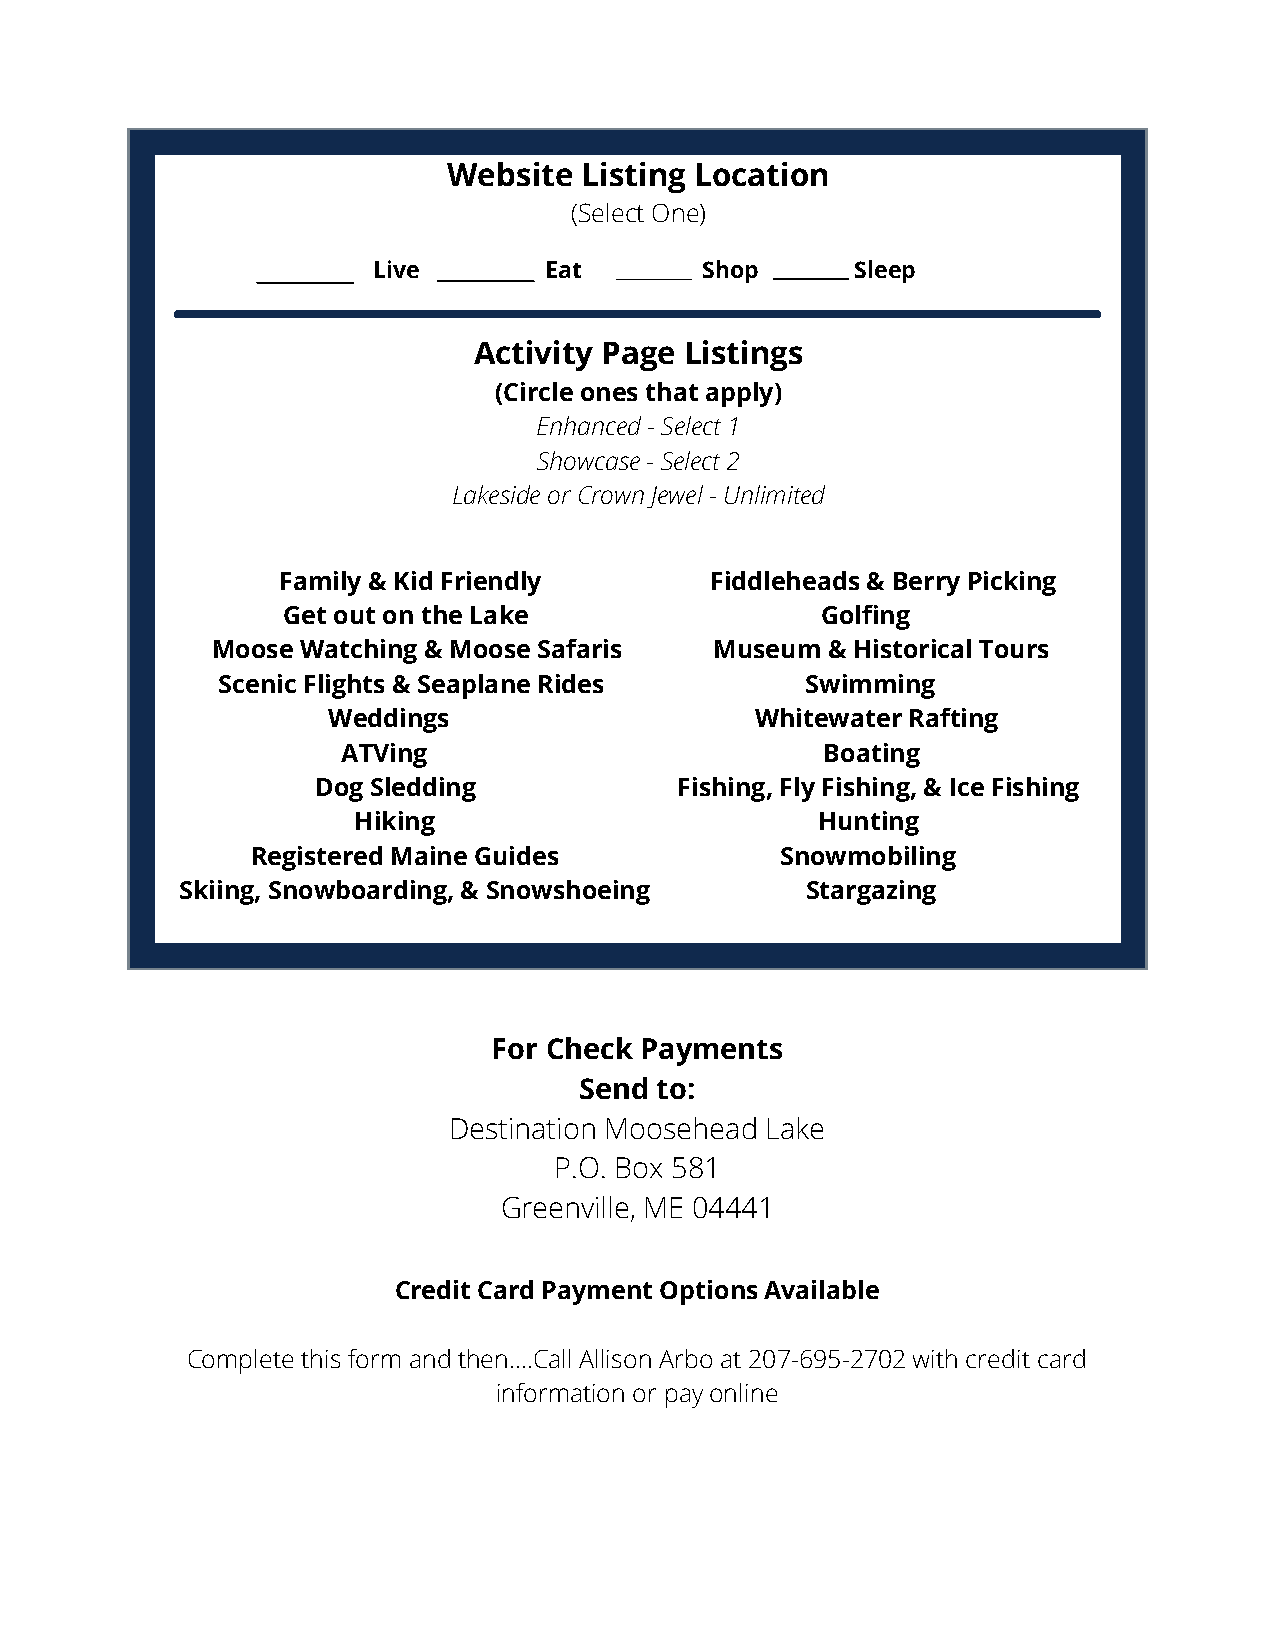
Website Listing Location
 (Select One)
 Live       Eat       Shop       Sleep
 Activity Page Listings
 (Circle ones that apply)
 Enhanced - Select 1
 Showcase - Select 2
 Lakeside or Crown Jewel - Unlimited
 Family & Kid Friendly        Fiddleheads & Berry Picking
 Get out on the Lake                Golfing
 Moose Watching & Moose Safaris   Museum  & Historical Tours
 Scenic Flights & Seaplane Rides        Swimming
 Weddings                    Whitewater Rafting
 ATVing                          Boating
 Dog Sledding            Fishing, Fly Fishing, & Ice Fishing
 Hiking                         Hunting
 Registered Maine Guides            Snowmobiling
 Skiing, Snowboarding, & Snowshoeing      Stargazing
 For Check Payments
 Send to:
 Destination Moosehead Lake
 P.O. Box 581
 Greenville, ME 04441
 Credit Card Payment Options Available
 Complete this form and then....Call Allison Arbo at 207-695-2702 with credit card
 information or pay online